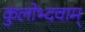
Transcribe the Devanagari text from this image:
कुलोभ्दवाम्